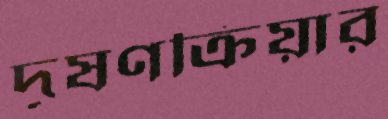
দূষণক্রিয়ার